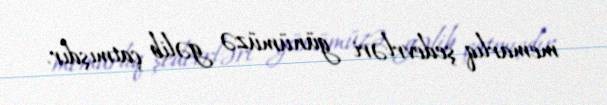
memarlıq şedevrləri günümüzə gəlib çatmışdır.